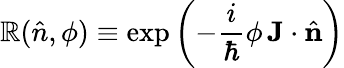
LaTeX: \mathbb{R}({\hat{{n}}},\phi)\equiv\exp\left(-{\frac{{i}}{{\hbar}}}\phi\, \mathbf{{J}}\cdot{\hat{{\mathbf{{n}}}}}\right)